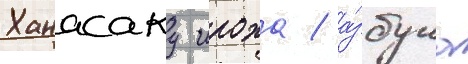
Ханасаку ироха / а́збука